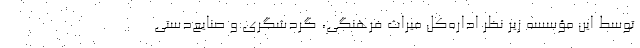
توسط این مؤسسه زیر نظر اداره‌کل میراث فرهنگی، گردشگری و صنایع‌دستی